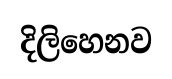
දිලිහෙනව